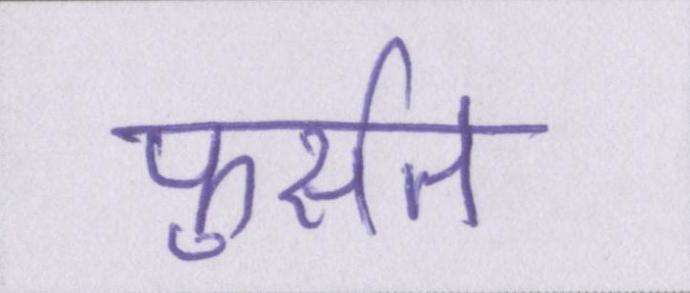
फुर्सत